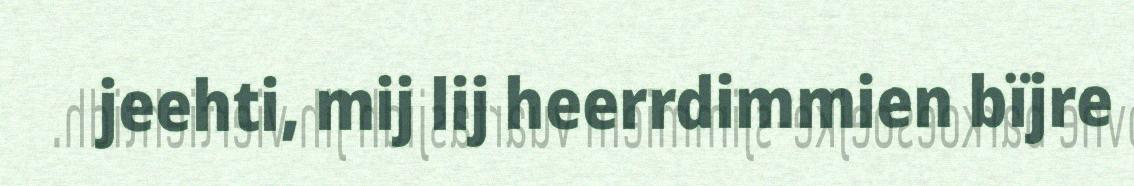
jeehti, mij lij heerrdimmien bïjre